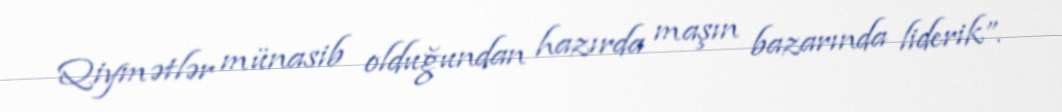
Qiymətlər münasib olduğundan hazırda maşın bazarında liderik”.